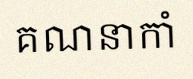
គណនាកាំ